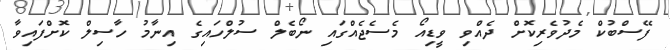
ފޭސްބުކް މެދުވެރިކޮށް ދެއްވި ވީޑިއޯ މެސެޖެއްގައި ނޯބެލް ސުލްހައިގެ އިނާމު ހާސިލް ކޮށްފައިވާ